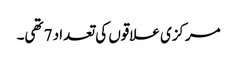
مرکزی علاقوں کی تعداد 7 تھی۔